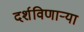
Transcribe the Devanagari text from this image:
दर्शविणार्‍या